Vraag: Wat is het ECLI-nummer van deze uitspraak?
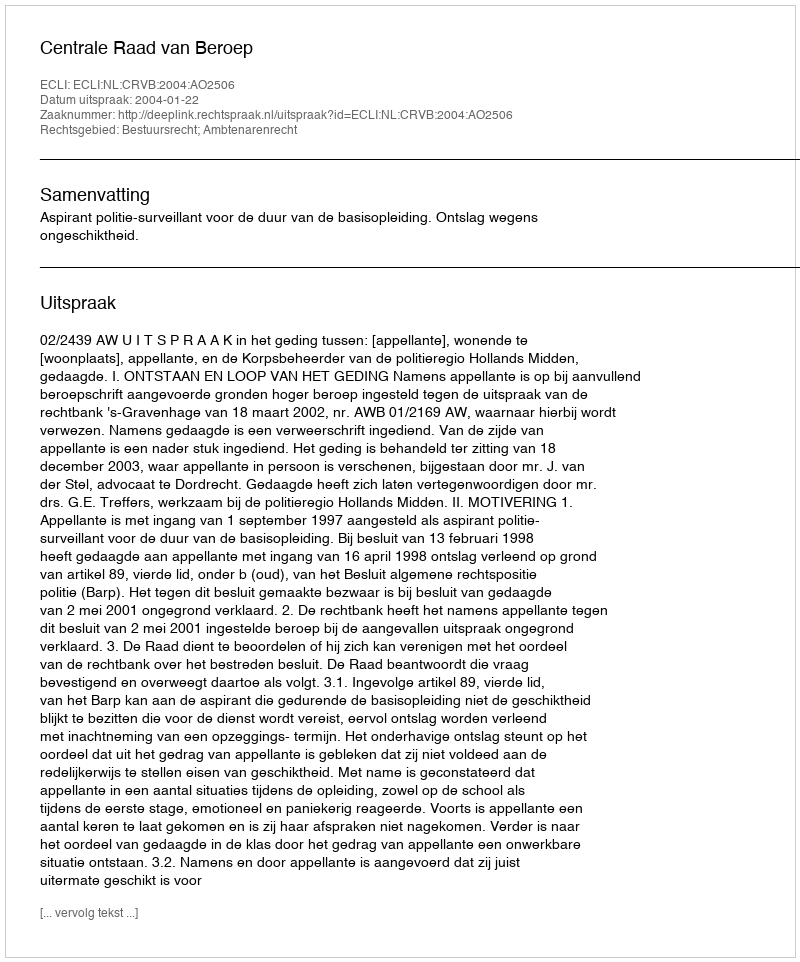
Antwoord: ECLI:NL:CRVB:2004:AO2506